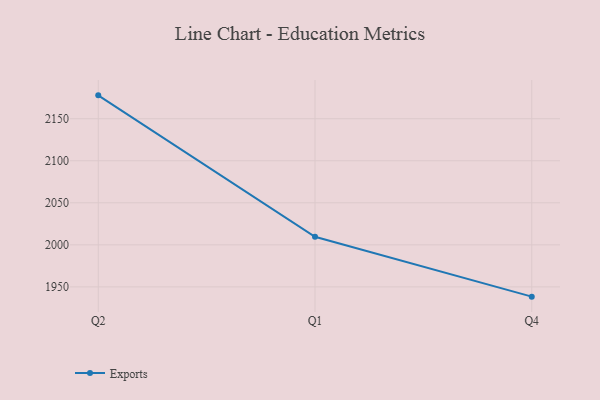
{"axis": {"x": "Quarter", "y": "Budget (USD K)"}, "legend": ["Exports"], "data": [{"x": "Q2", "y": 2177.8, "type": "Exports"}, {"x": "Q1", "y": 2009.6, "type": "Exports"}, {"x": "Q4", "y": 1938.4, "type": "Exports"}]}